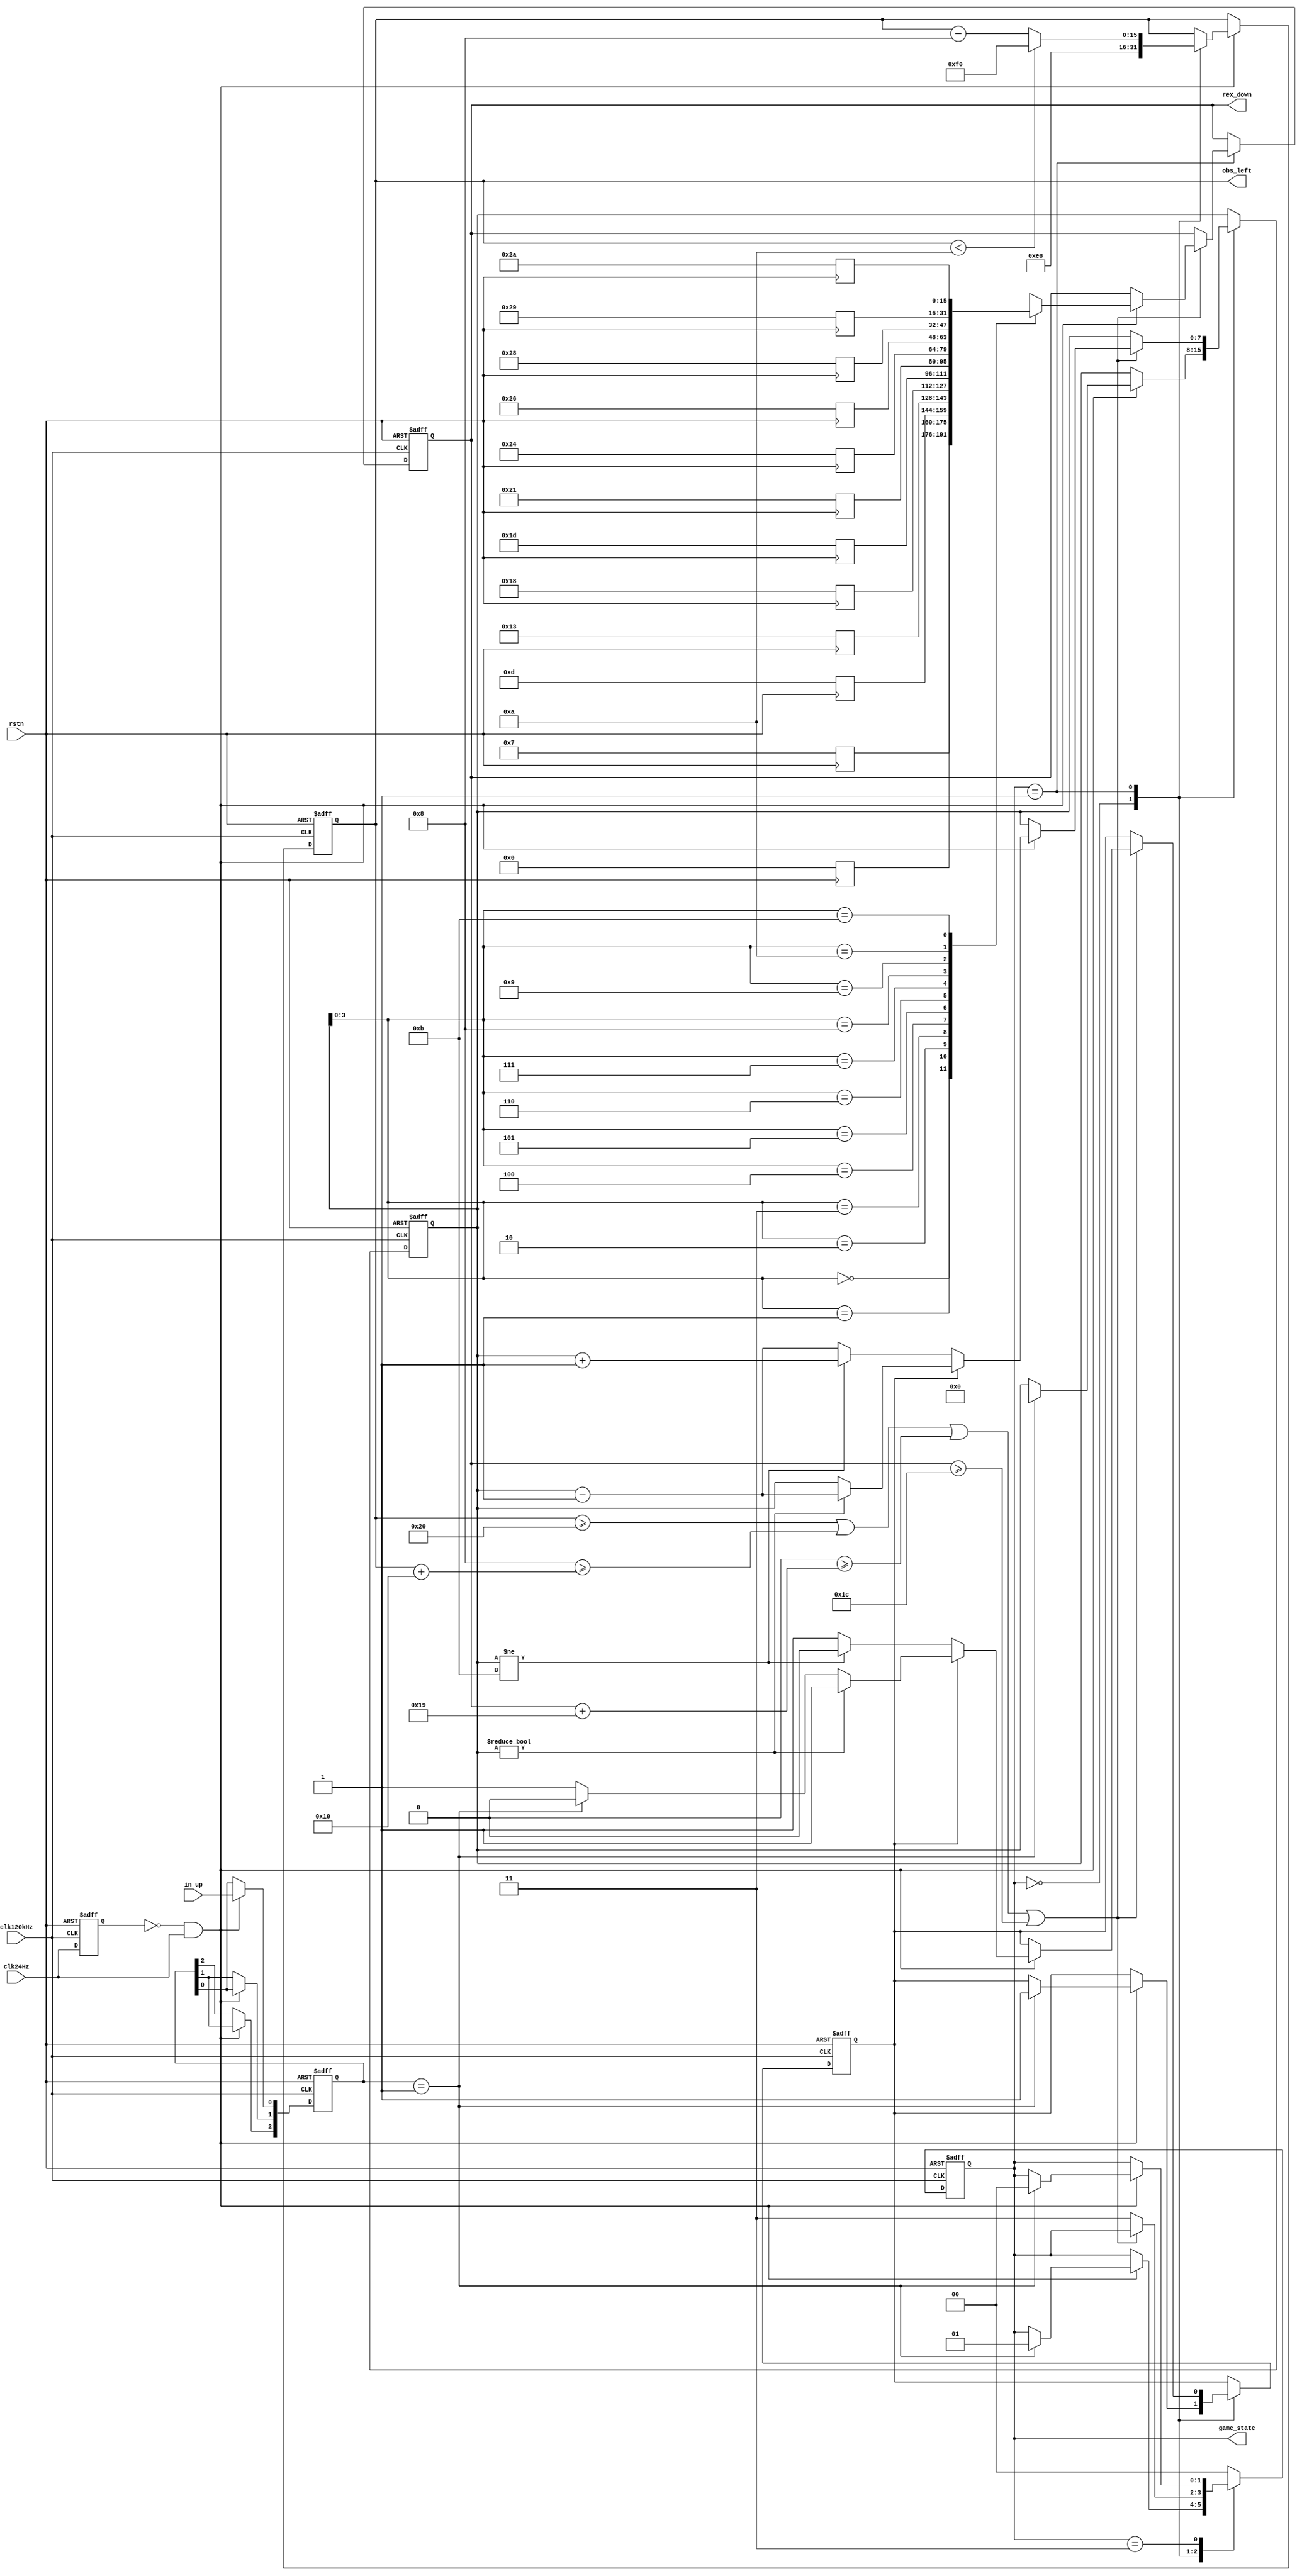
//
//(x,7)
module GameCenter(
									clk120kHz,
									clk24Hz,
									rstn,
									in_up,						//input ,to jump
									rex_down,				   //(y)
									obs_left,      //(x)
									game_state           //2bit
									);

input   				  clk120kHz;
input					clk24Hz;
input 						rstn;
input 						in_up;							
output[15:0] 			rex_down; 							
output[15:0]			obs_left;						
output[1:0]				game_state;				  


reg[15:0]    			rex_down; 
reg[15:0]	  			obs_left;	
reg[1:0]				game_state;				   //2
reg						rex_falling;				 // 01

parameter				init = 0;				//
parameter				playing = 1;				//
parameter				over = 3;				//

////
//rexobs(obstacle)
//32x32
//(4,5)4(4,10)36(36,10)
//

parameter				rex_height = 25;
parameter				rex_width = 24;
parameter         		rex_left = 8;		//
parameter   			rex_right = rex_left+rex_width;		//
//reg[15:0]    			rex_down; 
wire[15:0]				rex_top;
assign	rex_top = rex_down + rex_height;

parameter   			obs_height= 28;    //
parameter   			obs_width = 16;  //
parameter				obs_down = 0;
parameter 				obs_top = obs_down+obs_height;
//reg[15:0]	  			obs_left;	
wire[15:0]				obs_right; 
assign      			obs_right = obs_left + obs_width;    //

//// clk24HzSpike

reg clk24HzHistory;
wire clk24HzSpike;
assign clk24HzSpike = (~clk24HzHistory)&clk24Hz;
always@(posedge clk120kHz or negedge rstn)begin
	if(~rstn)begin
		clk24HzHistory<=0;
	end
	else begin
		clk24HzHistory<=clk24Hz;
	end
end

////rex_jmp_list
//
//ptrlistheadtail
//
//rex_fallingrex_falling1ptr
//rex_falling0ptrptrtailrex_falling1
//rex_jmp_list

parameter rex_jmp_list_len=12;
parameter rex_jmp_list_tail=rex_jmp_list_len-1;
reg[15:0]	rex_jmp_list[rex_jmp_list_tail:0];
parameter rex_jmp_list_head=0;
reg[7:0]	rex_jmp_ptr;

always@(negedge rstn)begin
	rex_jmp_list[0]<=0;
	rex_jmp_list[1]<=7;
	rex_jmp_list[2]<=13;
	rex_jmp_list[3]<=19;
	rex_jmp_list[4]<=24;
	rex_jmp_list[5]<=29;
	rex_jmp_list[6]<=33;
	rex_jmp_list[7]<=36;
	rex_jmp_list[8]<=38;
	rex_jmp_list[9]<=40;
	rex_jmp_list[10]<=41;
	rex_jmp_list[11]<=42;
end

reg[2:0] in_up_history;
always@(posedge clk120kHz or negedge rstn)begin
	if(~rstn)begin
		in_up_history<=0;
	end
	else begin
		if(clk24HzSpike)begin
			in_up_history[0]<=in_up;
			in_up_history[1]<=in_up_history[0];
			in_up_history[2]<=in_up_history[1];
		end
	end
end

always@(posedge clk120kHz or negedge rstn)begin
	if(~rstn)begin
		game_state <= init;
		rex_falling <= 0;
		rex_down<=0;
		rex_jmp_ptr<=rex_jmp_list_head;
	end
	else begin 
		case(game_state)
			init: begin																			//
				if(clk24HzSpike)begin
					if(in_up_history==3'b001)begin
						game_state <= playing;																//2
						rex_jmp_ptr<=rex_jmp_list_head;
						rex_falling<=1;
					end  
				end
			end
			
			playing: begin																	//2 
				//
				if((obs_left>=rex_right)|(rex_left>=obs_right)|(obs_down>=rex_top)|(rex_down>=obs_top))begin//
					if(clk24HzSpike)begin
						rex_down<=rex_jmp_list[rex_jmp_ptr];
						if(rex_falling)begin
							if(rex_jmp_ptr!=rex_jmp_list_head)begin
								rex_jmp_ptr<=rex_jmp_ptr-1;
							end
							else if(in_up_history==3'b001)begin
								rex_falling<=0;
							end
						end
						else begin
							if(rex_jmp_ptr!=rex_jmp_list_tail)begin
								rex_jmp_ptr<=rex_jmp_ptr+1;
							end
							else begin
								rex_jmp_ptr<=rex_jmp_ptr-1;
								rex_falling<=1;
							end
						end
					end
				end
				else begin//
					game_state<=over;
				end
			end
			over: begin																		//
				if(clk24HzSpike)begin
					if(in_up_history==3'b001)begin
						game_state <= init;																//
					end
				end
			end
			
		default:	game_state<=init;	
		endcase

	end

end

always@(posedge clk120kHz or negedge rstn)begin														///
	if(~rstn)begin
		obs_left <=0;
	end
	else begin
		if(clk24HzSpike)begin
			case(game_state)
				init:begin
					obs_left	<= 16'd232;														//00x=232
				end
				playing:begin
					if(obs_left < 10)begin
						obs_left <= 240;//
					end
					else begin
						obs_left <= obs_left - 8;//x-8,8	
					end
				end
			endcase
		end
	end
end

endmodule